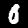
Label: 0